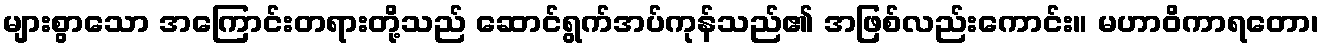
များစွာသော အကြောင်းတရားတို့သည် ဆောင်ရွက်အပ်ကုန်သည်၏ အဖြစ်လည်းကောင်း။ မဟာဝိကာရတော၊